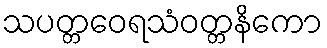
သပတ္တဝေရသံဝတ္တနိကော